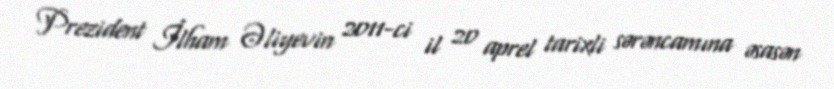
Prezident İlham Əliyevin 2011-ci il 20 aprel tarixli sərəncamına əsasən